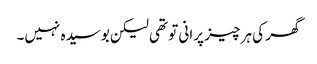
گھر کی ہر چیز پرانی تو تھی لیکن بوسیدہ نہیں۔